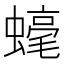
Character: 𧐢